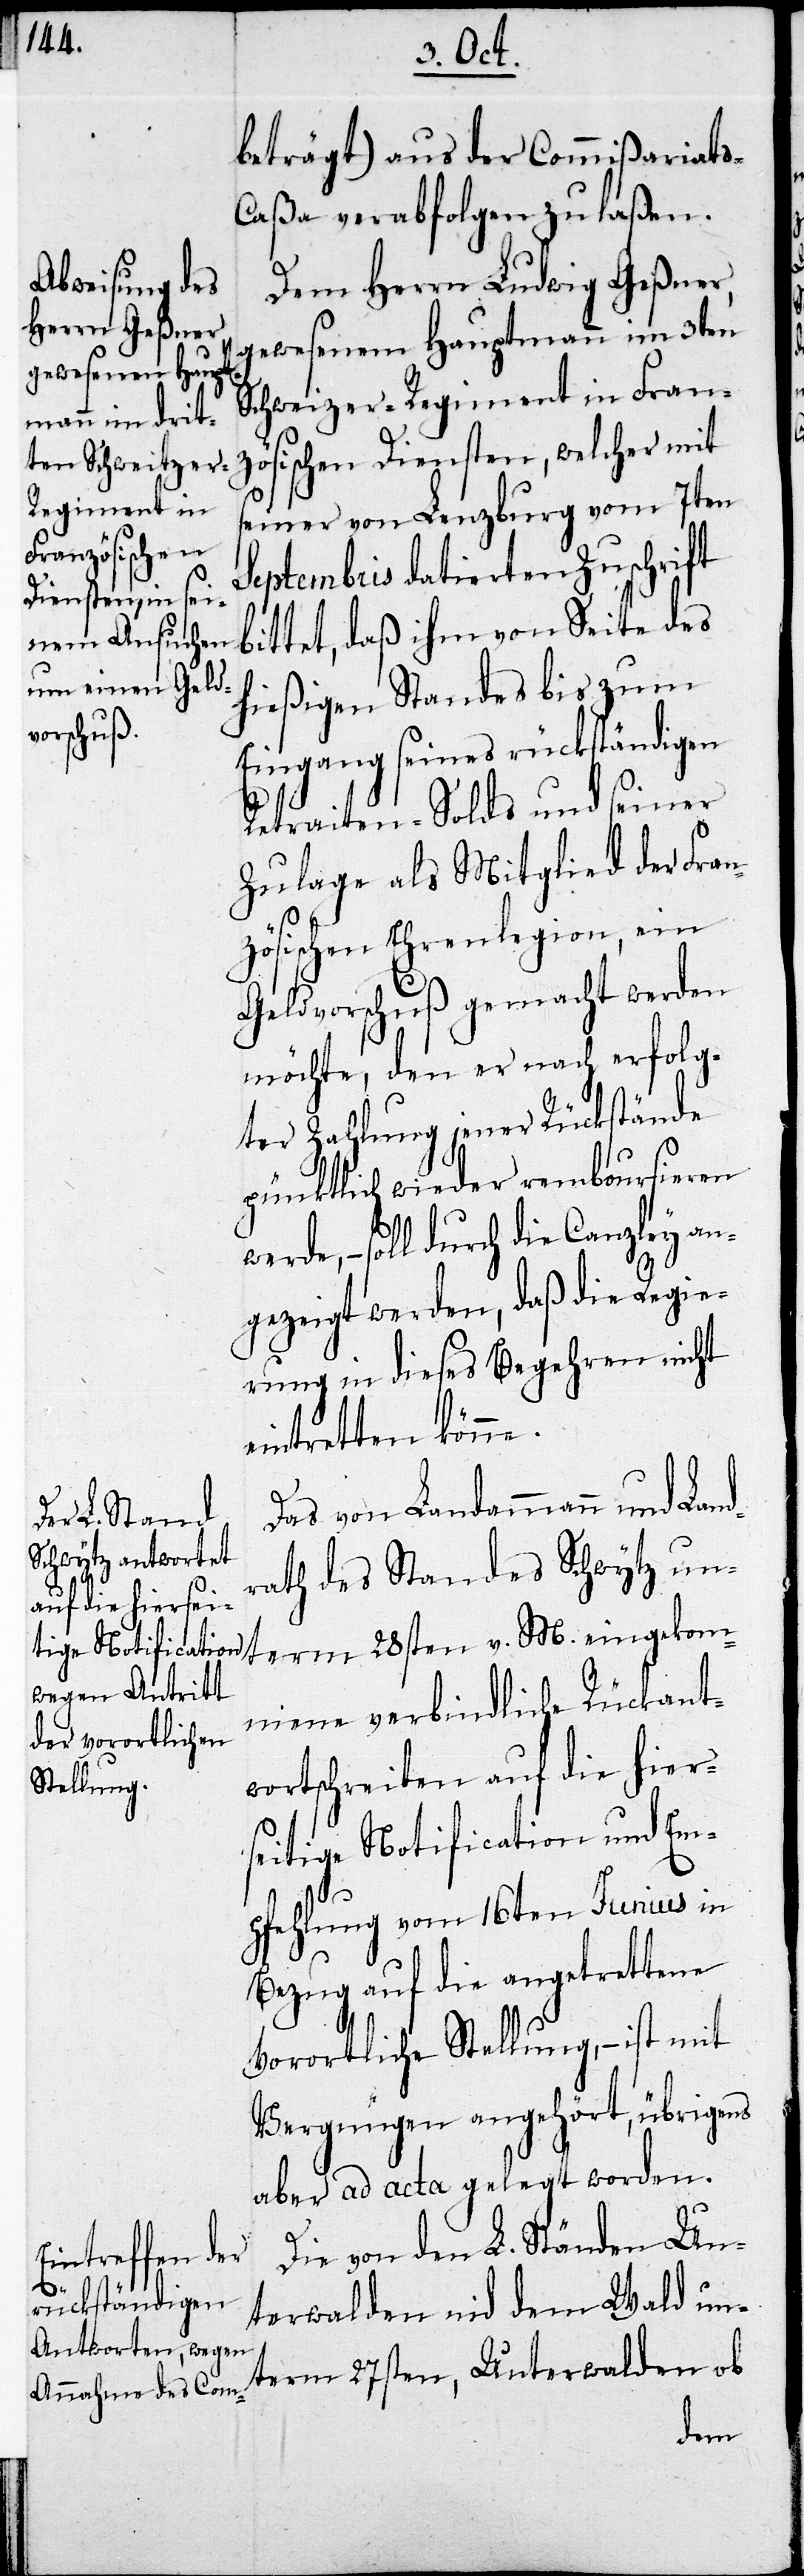
ortschrei¬
auf die hiersei¬
s-C¬

beträgt) aus der Commißiariat¬
aßa verabfolgen zu laßen.
Dem Herrn Ludwig Geßner,
gewesenen Hauptmann im 3ten
Schweitzer-Regiment in Fran¬
zösischen Diensten, welcher mit
seiner von Lenzburg vom 7ten
Septembris datierten Zuschrift
bittet, daß ihm von Seite des
hießigen Standes bis zu
Eingang seines rückständigen
Retraiten-Solds und seiner
Zulage als Mitglied der Fran¬
zösischen Ehrenlegion, ein
Geldvorschuß gemacht werden
möchte, den er nach erfolg¬
ter Zahlung jener Rückstände
pünktlich wieder remboursieren
soll durch die Canzley an¬
gezeigt werden, daß die Regie¬
rung in dieses Begehren nicht
eintretten könne.
Das vom Landammann und Land¬
rath des Standes Schwytz un¬
term 28sten v. M. eingekom¬
mene verbindliche Rückantw¬
tige Notification und Em¬
pfehlung vom 16ten Junius in
Bezug auf die angetrettene
vorortliche Stellung, – ist mit
Vergnügen angehört, übrigens
aber ad acta gelegt worden.
Die von den L. Ständen Un¬
terwalden nid dem Wald un¬
term 27sten, Unterwalden ob
ben